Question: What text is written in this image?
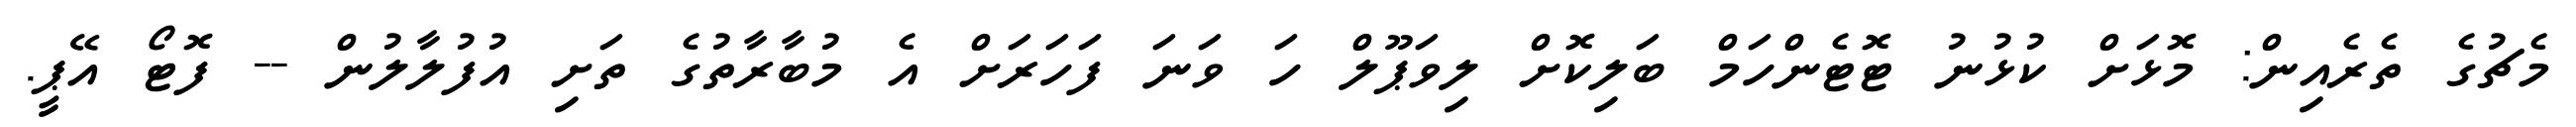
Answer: މެޗުގެ ތެރެއިން: މޮޅަށް ކުޅުނު ޓޮޓެންހަމް ބަލިކޮށް ލިވަޕޫލް ހަ ވަނަ ފަހަރަށް އެ މުބާރާތުގެ ތަށި އުފުލާލުން -- ފޮޓޯ އޭޕީ.